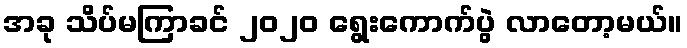
အခု သိပ်မကြာခင် ၂၀၂၀ ရွေးကောက်ပွဲ လာတော့မယ်။